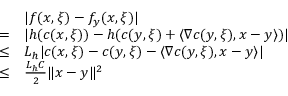
\begin{array} { r l } & { | f ( x , \xi ) - f _ { y } ( x , \xi ) | } \\ { = } & { | h ( c ( x , \xi ) ) - h ( c ( y , \xi ) + \langle \nabla c ( y , \xi ) , x - y \rangle ) | } \\ { \leq } & { L _ { h } | c ( x , \xi ) - c ( y , \xi ) - \langle \nabla c ( y , \xi ) , x - y \rangle | } \\ { \leq } & { \frac { L _ { h } C } { 2 } \| x - y \| ^ { 2 } } \end{array}